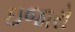
ઇજારો